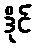
ဒိုင်